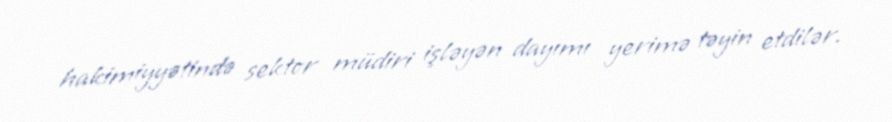
hakimiyyətində sektor müdiri işləyən dayımı yerimə təyin etdilər.